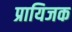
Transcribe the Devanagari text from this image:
प्रायिजक